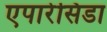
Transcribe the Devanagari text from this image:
एपारेसिडा